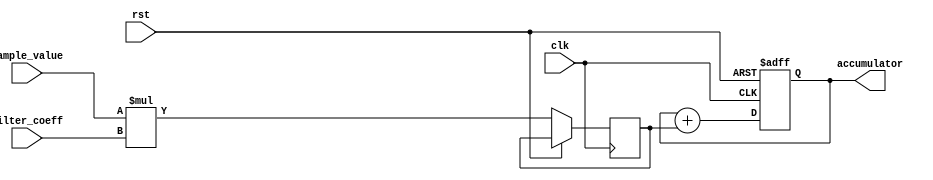
module fir_filter_accumulator (
  input clk,
  input rst,
  input signed [15:0] sample_value,
  input signed [15:0] filter_coeff,
  output reg signed [31:0] accumulator
);

reg signed [31:0] product;

always @(posedge clk or posedge rst) begin
  if (rst) begin
    accumulator <= 32'b0;
  end else begin
    product <= sample_value * filter_coeff;
    accumulator <= accumulator + product;
  end
end

endmodule